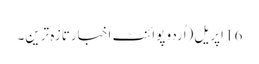
16 اپریل(اُردو پوائنٹ اخبارتازہ ترین۔